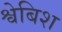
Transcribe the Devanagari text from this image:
श्वेबिश